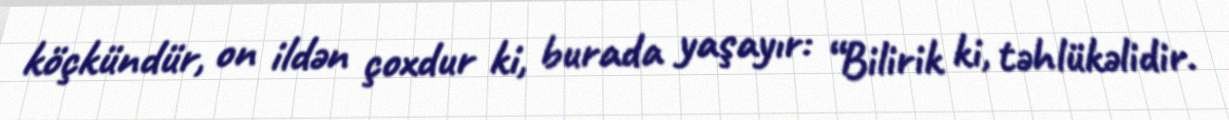
köçkündür, on ildən çoxdur ki, burada yaşayır: “Bilirik ki, təhlükəlidir.